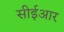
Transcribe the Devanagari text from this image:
सीईआर